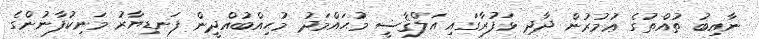
ނާއިބު ތުއްތުގެ ޢުމުރުން ދާދި ޅަފުރާގައި އަލްޤާޟީ މުޙައްމަދު މުޙިއްބުއްދީން ފަނޑިޔާރު މަނިކުފާނުންގެ